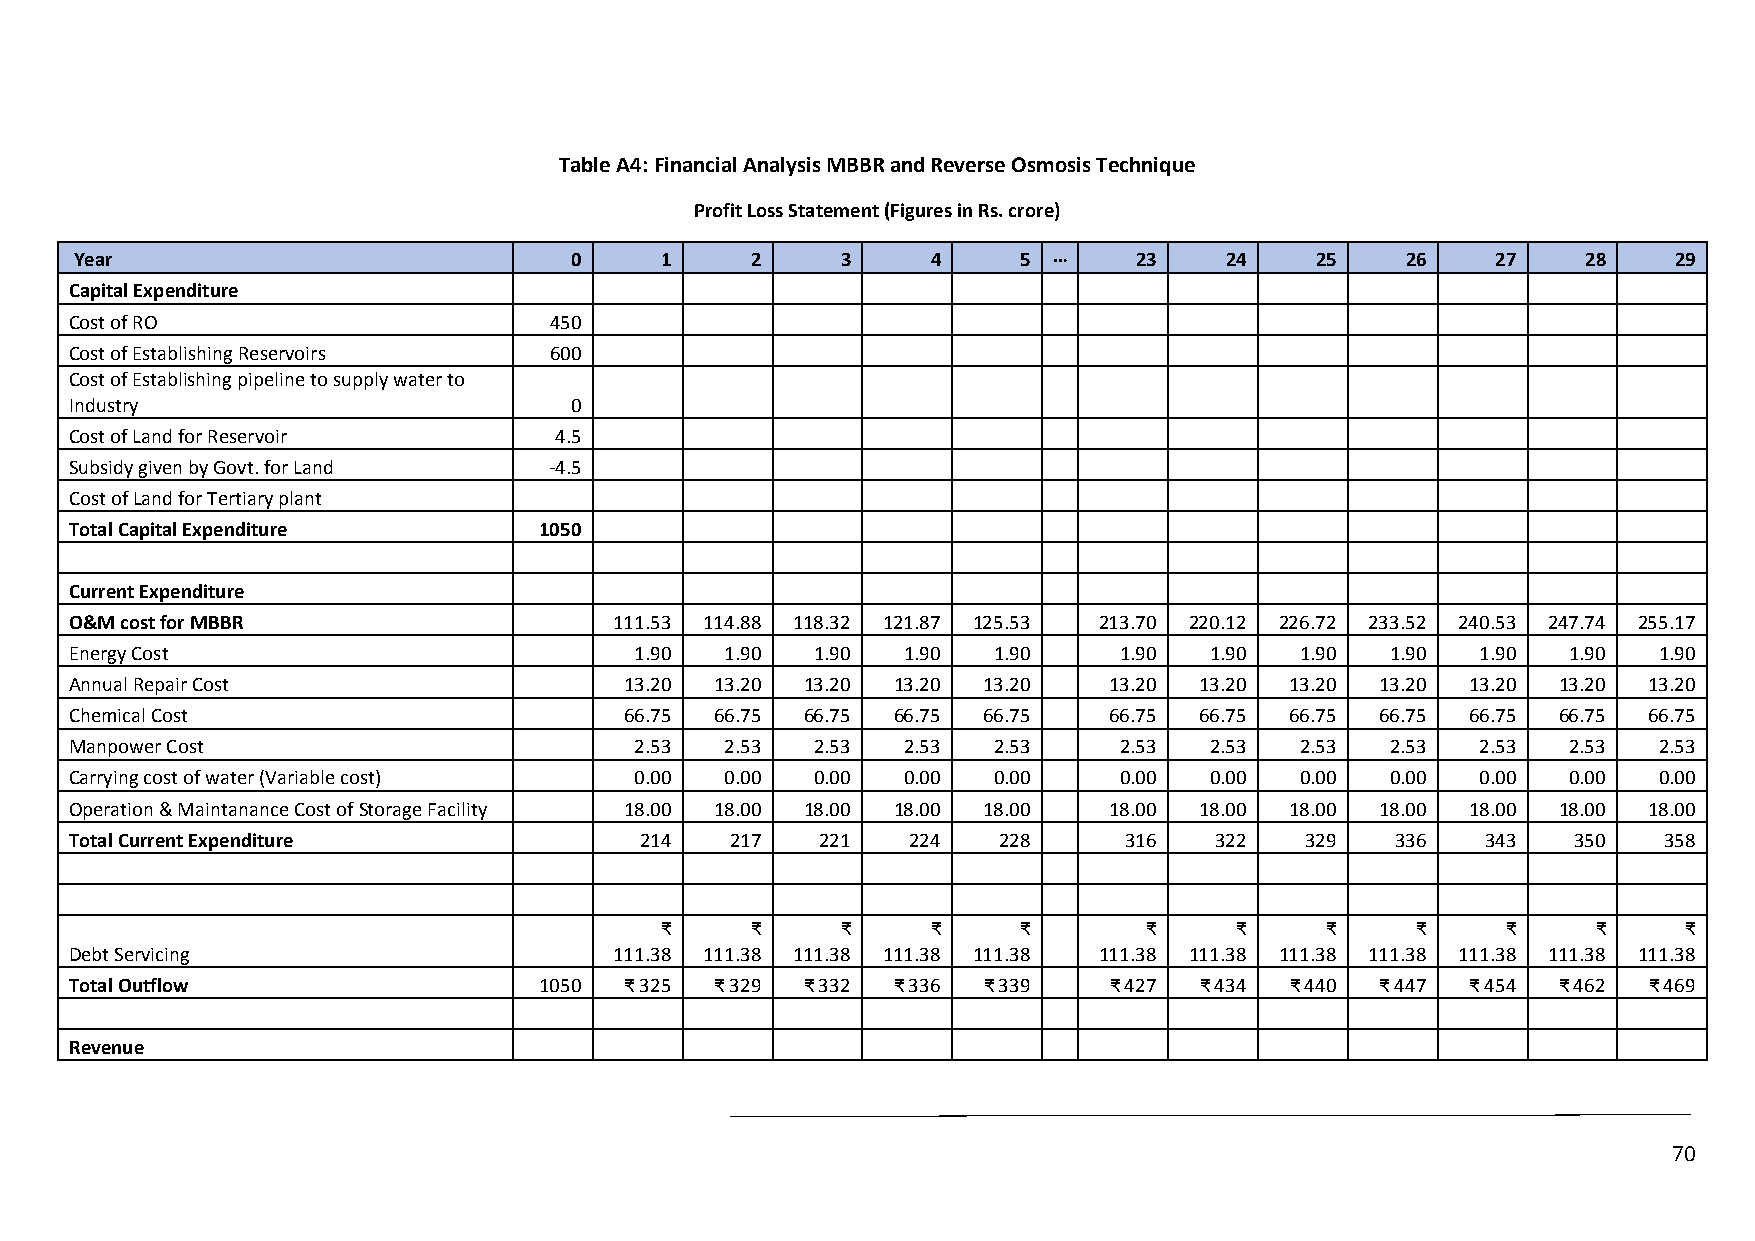
Table A4: Financial Analysis MBBR and Reverse Osmosis Technique
 Profit Loss Statement (Figures in Rs. crore)
 Year                             0     1     2     3     4     5 …    23    24    25    26    27    28    29
 Capital Expenditure
 Cost of RO                     450
 Cost of Establishing Reservoirs 600
 Cost of Establishing pipeline to supply water to
 Industry                         0
 Cost of Land for Reservoir      4.5
 Subsidy given by Govt. for Land -4.5
 Cost of Land for Tertiary plant
 Total Capital Expenditure      1050
 Current Expenditure
 O&M cost for MBBR                   111.53 114.88 118.32 121.87 125.53 213.70 220.12 226.72 233.52 240.53 247.74 255.17
 Energy Cost                          1.90  1.90  1.90  1.90  1.90    1.90  1.90  1.90  1.90  1.90  1.90  1.90
 Annual Repair Cost                  13.20 13.20 13.20 13.20 13.20   13.20 13.20 13.20 13.20 13.20 13.20 13.20
 Chemical Cost                       66.75 66.75 66.75 66.75 66.75   66.75 66.75 66.75 66.75 66.75 66.75 66.75
 Manpower Cost                        2.53  2.53  2.53  2.53  2.53    2.53  2.53  2.53  2.53  2.53  2.53  2.53
 Carrying cost of water (Variable cost) 0.00 0.00 0.00  0.00  0.00    0.00  0.00  0.00  0.00  0.00  0.00  0.00
 Operation & Maintanance Cost of Storage Facility 18.00 18.00 18.00 18.00 18.00 18.00 18.00 18.00 18.00 18.00 18.00 18.00
 Total Current Expenditure            214   217   221   224   228     316   322   329   336   343   350   358
 ₹     ₹     ₹     ₹     ₹       ₹     ₹     ₹     ₹     ₹     ₹     ₹
 Debt Servicing                      111.38 111.38 111.38 111.38 111.38 111.38 111.38 111.38 111.38 111.38 111.38 111.38
 Total Outflow                  1050 ₹ 325 ₹ 329 ₹ 332 ₹ 336 ₹ 339   ₹ 427 ₹ 434 ₹ 440 ₹ 447 ₹ 454 ₹ 462 ₹ 469
 Revenue
 70